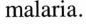
malaria.